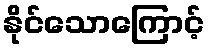
နိုင်သောကြောင့်